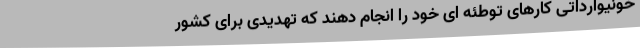
خونیوارداتی کارهای توطئه ای خود را انجام دهند که تهدیدی برای کشور